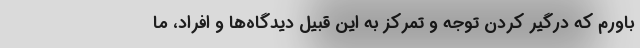
باورم که درگیر کردن توجه و تمرکز به این قبیل دیدگاه‌ها و افراد، ما